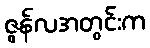
ဇွန်လအတွင်းက